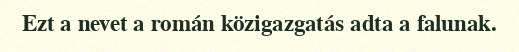
Ezt a nevet a román közigazgatás adta a falunak.